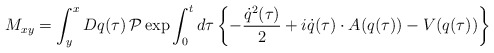
\begin{align*}M_{xy} = \int^x_y Dq(\tau) \, {\cal P} \exp \int^t_0 d\tau \left\{-\frac{\dot{q}^2(\tau)}{2} + i \dot{q}(\tau) \cdot A(q(\tau)) -V(q(\tau))\right\}\end{align*}